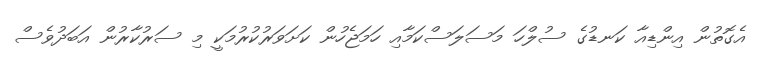
އެގޮތުން އިންޑިއާ ކަނޑުގެ ސުލްހަ މަސަލަސްކަމާއި ހަމަޖެހުން ކަށަވަރުކުރުމަކީ މި ސަރުކާރުން އަބަދުވެސް